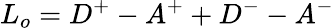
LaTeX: L_{o}=D^{+}-A^{+}+D^{-}-A^{-}